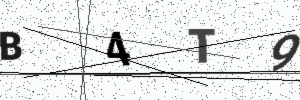
Text: B4T9